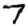
Digit: 7